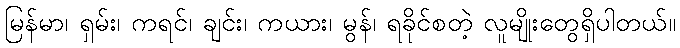
မြန်မာ၊ ရှမ်း၊ ကရင်၊ ချင်း၊ ကယား၊ မွန်၊ ရခိုင်စတဲ့ လူမျိုးတွေရှိပါတယ်။